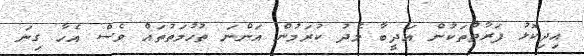
އިދިކޮޅު ފަރާތްތަކުން އަދީބާ މެދު ކުރަމުން އަންނަ ތުހުމަތުތައް ވެސް އެހާ ގިނަ